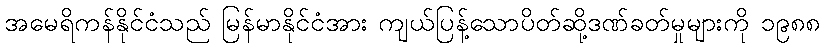
အမေရိကန်နိုင်ငံသည် မြန်မာနိုင်ငံအား ကျယ်ပြန့်သောပိတ်ဆို့ဒဏ်ခတ်မှုများကို ၁၉၈၈